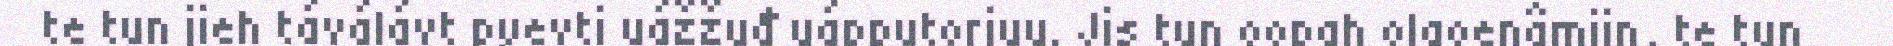
te tun jieh táválávt pyevti uážžuđ uápputorjuu. Jis tun oopah olgoenâmijn, te tun